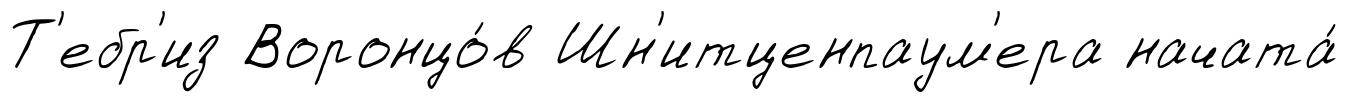
Т'ебр'из Воронцо́в Шн'итценпаум'ера начата́